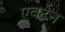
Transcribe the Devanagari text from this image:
एवर्टेन